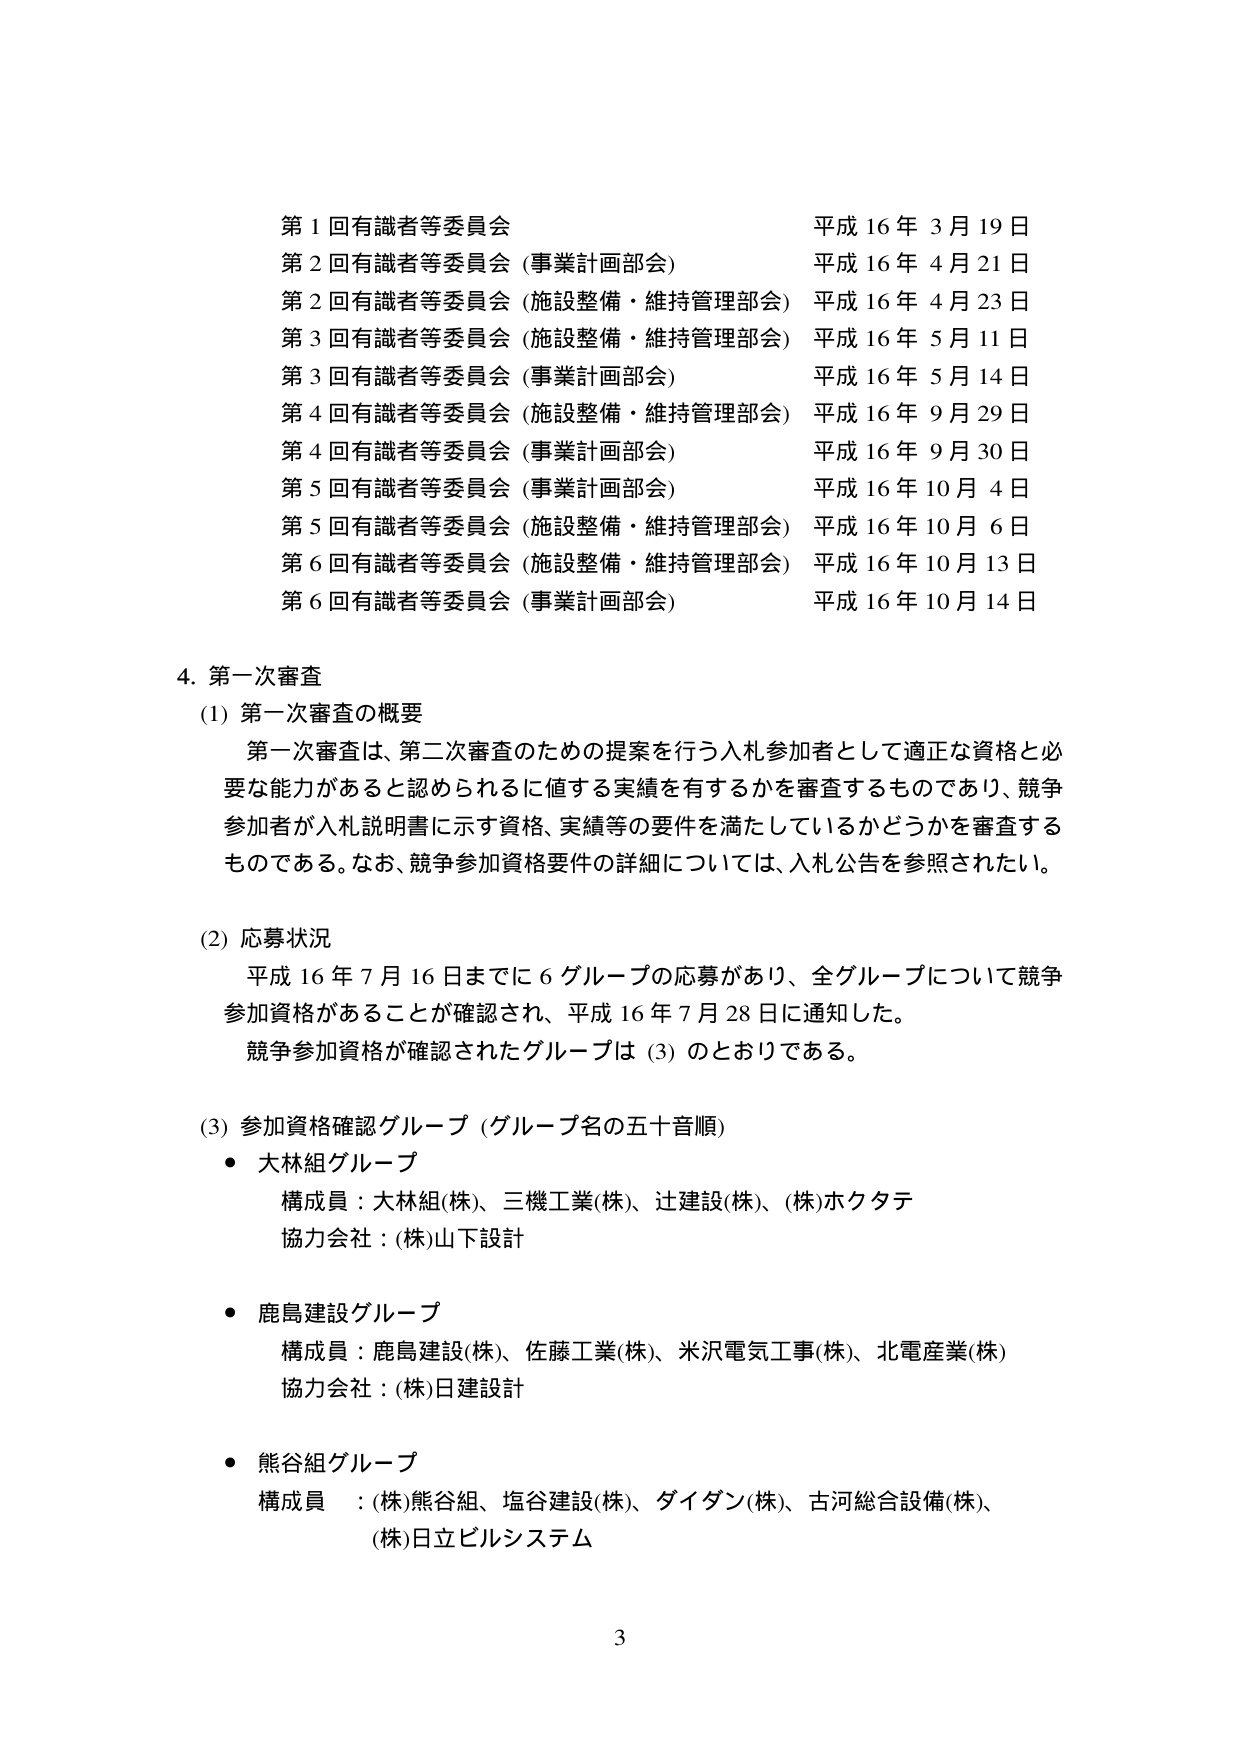
第１回有識者等委員会 平成16年3月19日
第２回有識者等委員会（事業計画部会） 平成16年4月21日
第２回有識者等委員会（施設整備・維持管理部会） 平成16年4月23日
第３回有識者等委員会（施設整備・維持管理部会） 平成16年5月11日
第３回有識者等委員会（事業計画部会） 平成16年5月14日
第４回有識者等委員会（施設整備・維持管理部会） 平成16年9月29日
第４回有識者等委員会（事業計画部会） 平成16年9月30日
第５回有識者等委員会（事業計画部会） 平成16年10月4日
第５回有識者等委員会（施設整備・維持管理部会） 平成16年10月6日
第６回有識者等委員会（施設整備・維持管理部会） 平成16年10月13日
第６回有識者等委員会（事業計画部会） 平成16年10月14日

4. 第一次審査
(1) 第一次審査の概要
第一次審査は、第二次審査のための提案を行う入札参加者として適正な資格と必要な能力があると認められるに値する実績を有するかを審査するものであり、競争参加者が入札説明書に示す資格、実績等の要件を満たしているかどうかを審査するものである。なお、競争参加資格要件の詳細については、入札公告を参照されたい。

(2) 応募状況
平成16年7月16日までに6グループの応募があり、全グループについて競争参加資格があることが確認され、平成16年7月28日に通知した。
競争参加資格が確認されたグループは（3）のとおりである。

(3) 参加資格確認グループ（グループ名の五十音順）
・大林組グループ
構成員：大林組(株)、三機工業(株)、辻建設(株)、(株)ホクタテ
協力会社：(株)山下設計

・鹿島建設グループ
構成員：鹿島建設(株)、佐藤工業(株)、米沢電気工事(株)、北電産業(株)
協力会社：(株)日建設計

・熊谷組グループ
構成員：(株)熊谷組、塩谷建設(株)、ダイダン(株)、古河総合設備(株)、(株)日立ビルシステム

3